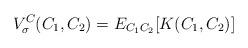
LaTeX: \begin{align*}V^{C}_{\sigma}(C_{1},C_{2}) = E_{C_{1}C_{2}}[ K(C_{1},C_{2}) ]\end{align*}